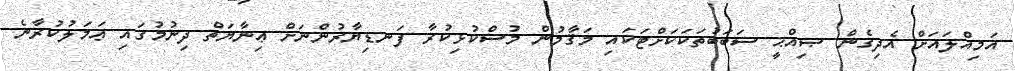
އަމިއްލައަށް އެދިގެން ޞިއްޙީ ސަބަބުތަކަކަށްޓަކައި މަޤާމުން މުސްކުޅިކުރާ ފަނޑިޔާރުންނަށް ޢިނާޔަތް ދިނުމުގައި ޢަމަލުކުރާނެ